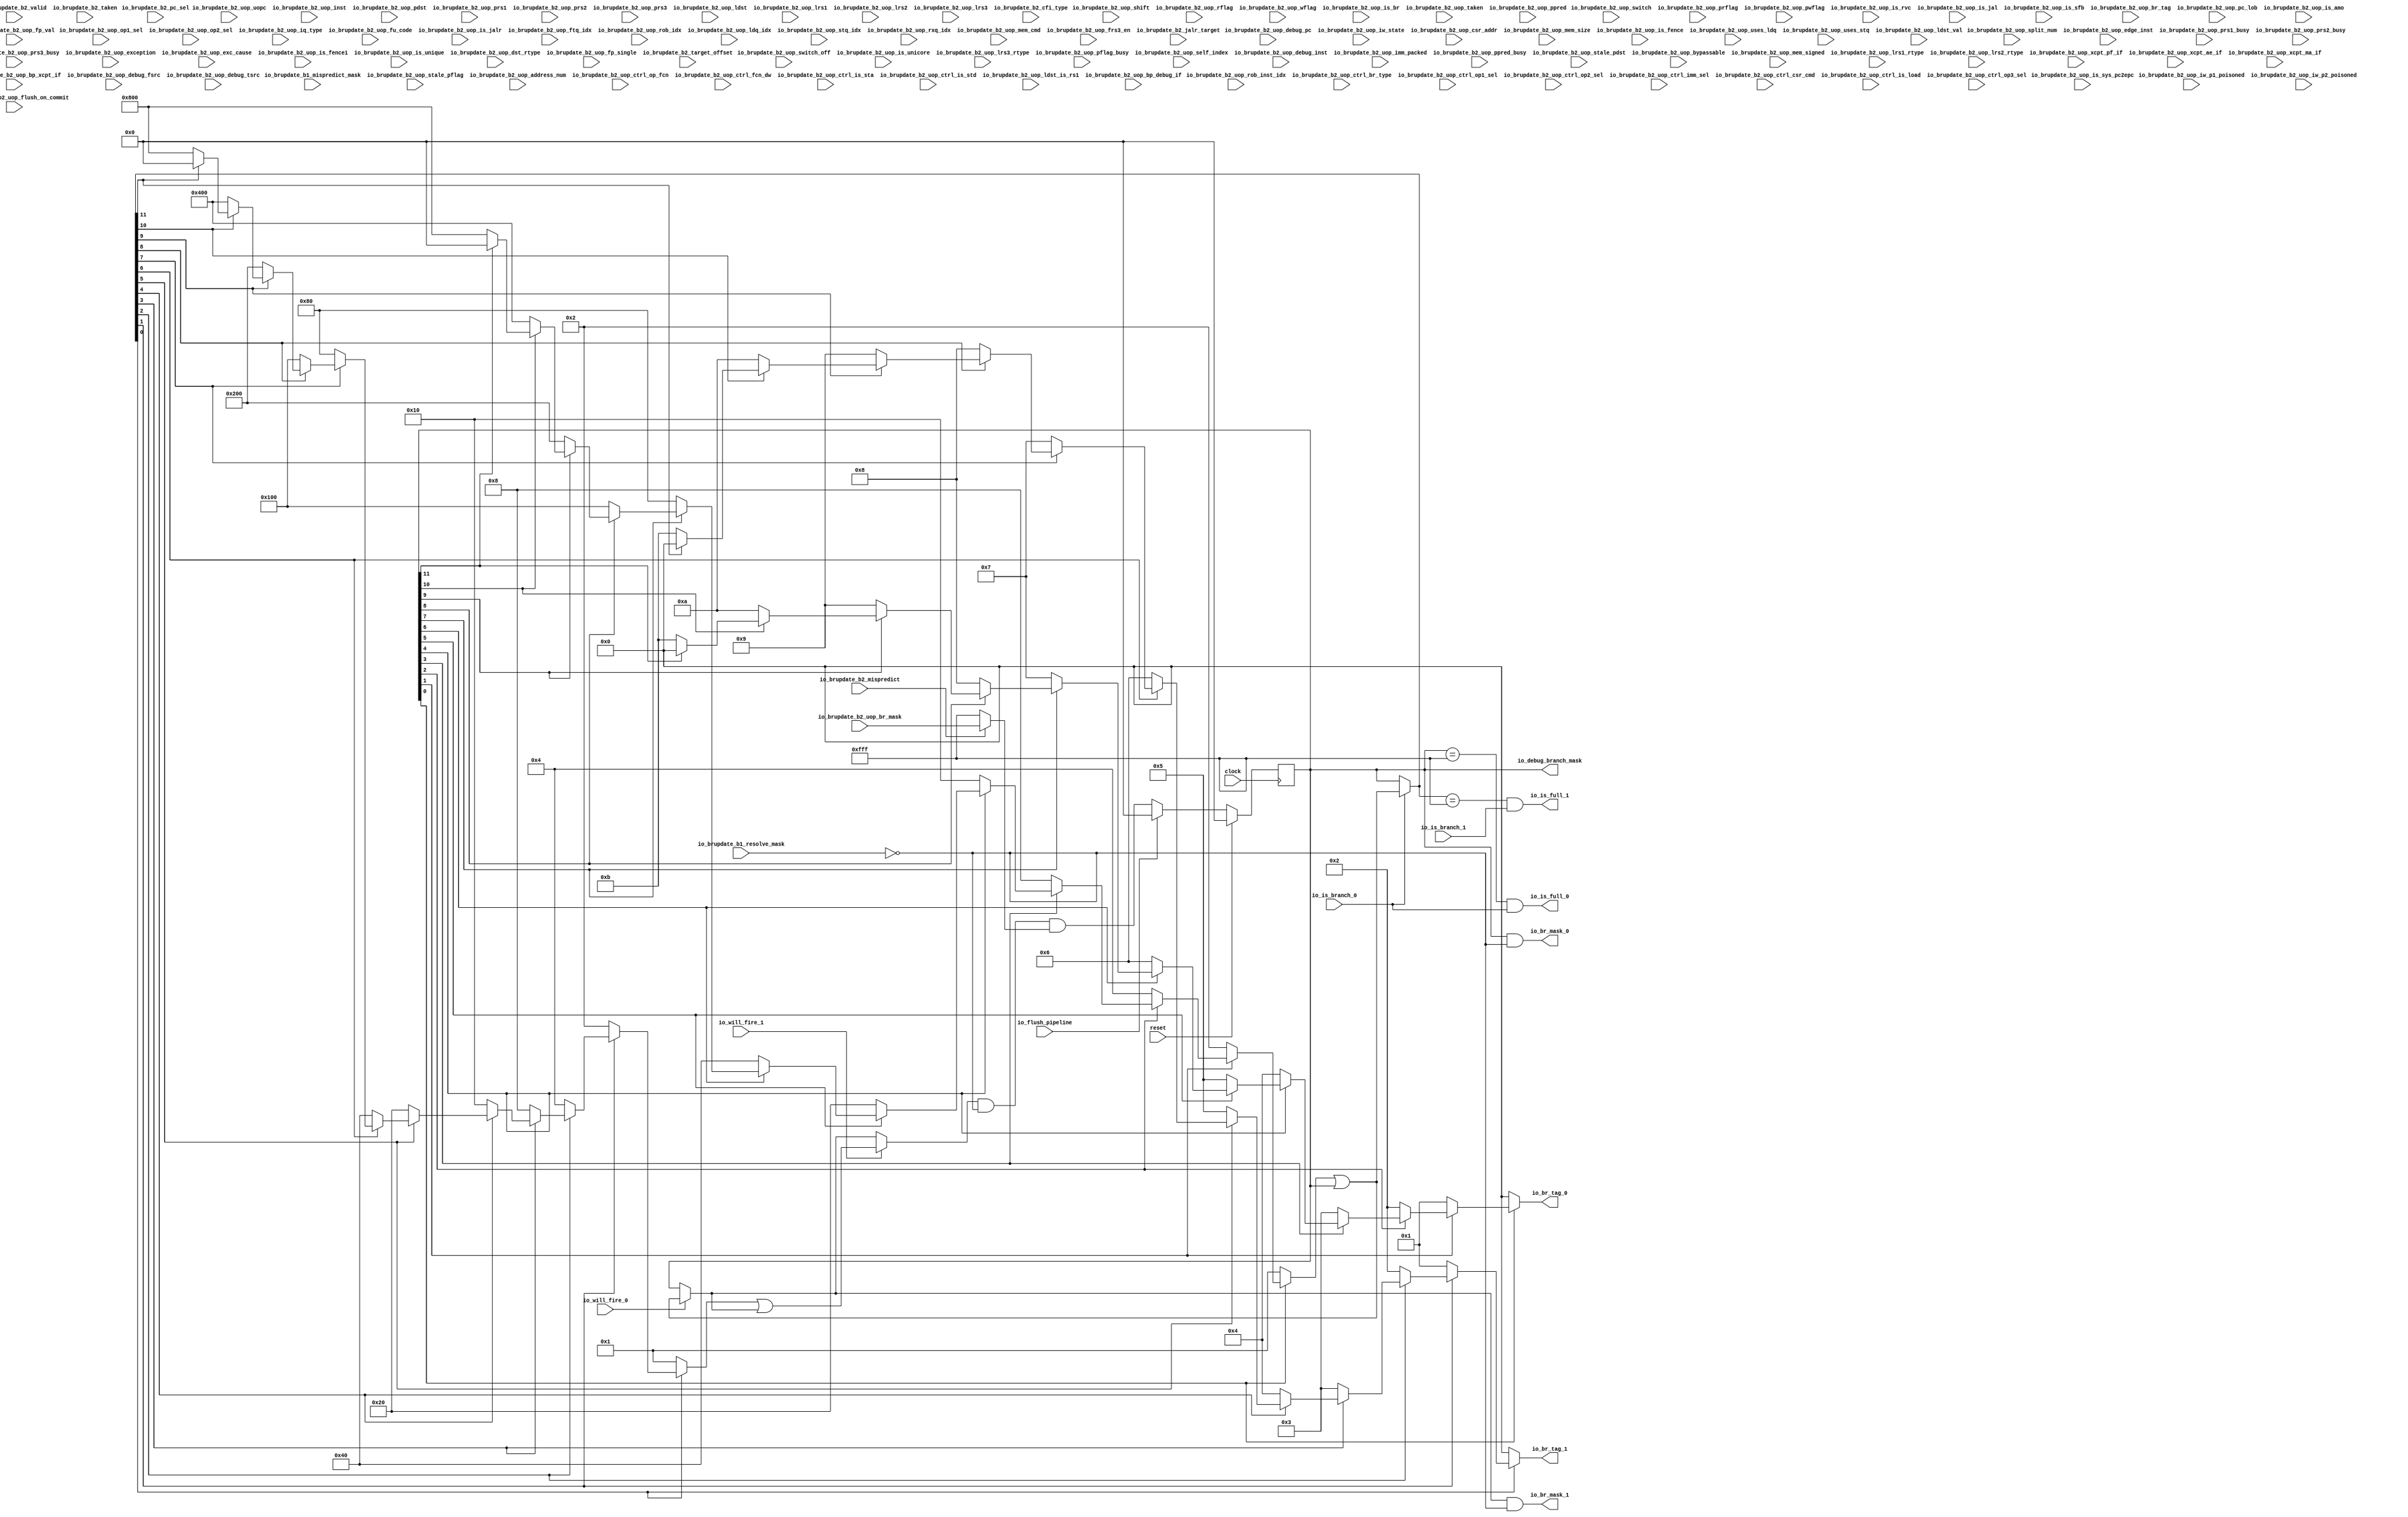
module BranchMaskGenerationLogic(
  input         clock,
  input         reset,
  input         io_is_branch_0,
  input         io_is_branch_1,
  input         io_will_fire_0,
  input         io_will_fire_1,
  output [3:0]  io_br_tag_0,
  output [3:0]  io_br_tag_1,
  output [11:0] io_br_mask_0,
  output [11:0] io_br_mask_1,
  output        io_is_full_0,
  output        io_is_full_1,
  input  [11:0] io_brupdate_b1_resolve_mask,
  input  [11:0] io_brupdate_b1_mispredict_mask,
  input         io_brupdate_b2_uop_switch,
  input         io_brupdate_b2_uop_switch_off,
  input         io_brupdate_b2_uop_is_unicore,
  input  [2:0]  io_brupdate_b2_uop_shift,
  input  [1:0]  io_brupdate_b2_uop_lrs3_rtype,
  input         io_brupdate_b2_uop_rflag,
  input         io_brupdate_b2_uop_wflag,
  input  [3:0]  io_brupdate_b2_uop_prflag,
  input  [3:0]  io_brupdate_b2_uop_pwflag,
  input         io_brupdate_b2_uop_pflag_busy,
  input  [3:0]  io_brupdate_b2_uop_stale_pflag,
  input  [3:0]  io_brupdate_b2_uop_op1_sel,
  input  [3:0]  io_brupdate_b2_uop_op2_sel,
  input  [5:0]  io_brupdate_b2_uop_split_num,
  input  [5:0]  io_brupdate_b2_uop_self_index,
  input  [5:0]  io_brupdate_b2_uop_rob_inst_idx,
  input  [5:0]  io_brupdate_b2_uop_address_num,
  input  [6:0]  io_brupdate_b2_uop_uopc,
  input  [31:0] io_brupdate_b2_uop_inst,
  input  [31:0] io_brupdate_b2_uop_debug_inst,
  input         io_brupdate_b2_uop_is_rvc,
  input  [39:0] io_brupdate_b2_uop_debug_pc,
  input  [2:0]  io_brupdate_b2_uop_iq_type,
  input  [9:0]  io_brupdate_b2_uop_fu_code,
  input  [3:0]  io_brupdate_b2_uop_ctrl_br_type,
  input  [1:0]  io_brupdate_b2_uop_ctrl_op1_sel,
  input  [2:0]  io_brupdate_b2_uop_ctrl_op2_sel,
  input  [2:0]  io_brupdate_b2_uop_ctrl_imm_sel,
  input  [3:0]  io_brupdate_b2_uop_ctrl_op_fcn,
  input         io_brupdate_b2_uop_ctrl_fcn_dw,
  input  [2:0]  io_brupdate_b2_uop_ctrl_csr_cmd,
  input         io_brupdate_b2_uop_ctrl_is_load,
  input         io_brupdate_b2_uop_ctrl_is_sta,
  input         io_brupdate_b2_uop_ctrl_is_std,
  input  [1:0]  io_brupdate_b2_uop_ctrl_op3_sel,
  input  [1:0]  io_brupdate_b2_uop_iw_state,
  input         io_brupdate_b2_uop_iw_p1_poisoned,
  input         io_brupdate_b2_uop_iw_p2_poisoned,
  input         io_brupdate_b2_uop_is_br,
  input         io_brupdate_b2_uop_is_jalr,
  input         io_brupdate_b2_uop_is_jal,
  input         io_brupdate_b2_uop_is_sfb,
  input  [11:0] io_brupdate_b2_uop_br_mask,
  input  [3:0]  io_brupdate_b2_uop_br_tag,
  input  [4:0]  io_brupdate_b2_uop_ftq_idx,
  input         io_brupdate_b2_uop_edge_inst,
  input  [5:0]  io_brupdate_b2_uop_pc_lob,
  input         io_brupdate_b2_uop_taken,
  input  [19:0] io_brupdate_b2_uop_imm_packed,
  input  [11:0] io_brupdate_b2_uop_csr_addr,
  input  [5:0]  io_brupdate_b2_uop_rob_idx,
  input  [4:0]  io_brupdate_b2_uop_ldq_idx,
  input  [4:0]  io_brupdate_b2_uop_stq_idx,
  input  [1:0]  io_brupdate_b2_uop_rxq_idx,
  input  [6:0]  io_brupdate_b2_uop_pdst,
  input  [6:0]  io_brupdate_b2_uop_prs1,
  input  [6:0]  io_brupdate_b2_uop_prs2,
  input  [6:0]  io_brupdate_b2_uop_prs3,
  input  [4:0]  io_brupdate_b2_uop_ppred,
  input         io_brupdate_b2_uop_prs1_busy,
  input         io_brupdate_b2_uop_prs2_busy,
  input         io_brupdate_b2_uop_prs3_busy,
  input         io_brupdate_b2_uop_ppred_busy,
  input  [6:0]  io_brupdate_b2_uop_stale_pdst,
  input         io_brupdate_b2_uop_exception,
  input  [63:0] io_brupdate_b2_uop_exc_cause,
  input         io_brupdate_b2_uop_bypassable,
  input  [4:0]  io_brupdate_b2_uop_mem_cmd,
  input  [1:0]  io_brupdate_b2_uop_mem_size,
  input         io_brupdate_b2_uop_mem_signed,
  input         io_brupdate_b2_uop_is_fence,
  input         io_brupdate_b2_uop_is_fencei,
  input         io_brupdate_b2_uop_is_amo,
  input         io_brupdate_b2_uop_uses_ldq,
  input         io_brupdate_b2_uop_uses_stq,
  input         io_brupdate_b2_uop_is_sys_pc2epc,
  input         io_brupdate_b2_uop_is_unique,
  input         io_brupdate_b2_uop_flush_on_commit,
  input         io_brupdate_b2_uop_ldst_is_rs1,
  input  [5:0]  io_brupdate_b2_uop_ldst,
  input  [5:0]  io_brupdate_b2_uop_lrs1,
  input  [5:0]  io_brupdate_b2_uop_lrs2,
  input  [5:0]  io_brupdate_b2_uop_lrs3,
  input         io_brupdate_b2_uop_ldst_val,
  input  [1:0]  io_brupdate_b2_uop_dst_rtype,
  input  [1:0]  io_brupdate_b2_uop_lrs1_rtype,
  input  [1:0]  io_brupdate_b2_uop_lrs2_rtype,
  input         io_brupdate_b2_uop_frs3_en,
  input         io_brupdate_b2_uop_fp_val,
  input         io_brupdate_b2_uop_fp_single,
  input         io_brupdate_b2_uop_xcpt_pf_if,
  input         io_brupdate_b2_uop_xcpt_ae_if,
  input         io_brupdate_b2_uop_xcpt_ma_if,
  input         io_brupdate_b2_uop_bp_debug_if,
  input         io_brupdate_b2_uop_bp_xcpt_if,
  input  [1:0]  io_brupdate_b2_uop_debug_fsrc,
  input  [1:0]  io_brupdate_b2_uop_debug_tsrc,
  input         io_brupdate_b2_valid,
  input         io_brupdate_b2_mispredict,
  input         io_brupdate_b2_taken,
  input  [2:0]  io_brupdate_b2_cfi_type,
  input  [1:0]  io_brupdate_b2_pc_sel,
  input  [39:0] io_brupdate_b2_jalr_target,
  input  [31:0] io_brupdate_b2_target_offset,
  input         io_flush_pipeline,
  output [11:0] io_debug_branch_mask
);
`ifdef RANDOMIZE_REG_INIT
  reg [31:0] _RAND_0;
`endif // RANDOMIZE_REG_INIT
  reg [11:0] branch_mask; // @[decode.scala 1013:28]
  wire [3:0] _GEN_0 = ~branch_mask[11] ? 4'hb : 4'h0; // @[decode.scala 1031:32 decode.scala 1032:20 decode.scala 1027:16]
  wire [15:0] _GEN_1 = ~branch_mask[11] ? 16'h800 : 16'h0; // @[decode.scala 1031:32 decode.scala 1033:22 decode.scala 1028:18]
  wire [3:0] _GEN_2 = ~branch_mask[10] ? 4'ha : _GEN_0; // @[decode.scala 1031:32 decode.scala 1032:20]
  wire [15:0] _GEN_3 = ~branch_mask[10] ? 16'h400 : _GEN_1; // @[decode.scala 1031:32 decode.scala 1033:22]
  wire [3:0] _GEN_4 = ~branch_mask[9] ? 4'h9 : _GEN_2; // @[decode.scala 1031:32 decode.scala 1032:20]
  wire [15:0] _GEN_5 = ~branch_mask[9] ? 16'h200 : _GEN_3; // @[decode.scala 1031:32 decode.scala 1033:22]
  wire [3:0] _GEN_6 = ~branch_mask[8] ? 4'h8 : _GEN_4; // @[decode.scala 1031:32 decode.scala 1032:20]
  wire [15:0] _GEN_7 = ~branch_mask[8] ? 16'h100 : _GEN_5; // @[decode.scala 1031:32 decode.scala 1033:22]
  wire [3:0] _GEN_8 = ~branch_mask[7] ? 4'h7 : _GEN_6; // @[decode.scala 1031:32 decode.scala 1032:20]
  wire [15:0] _GEN_9 = ~branch_mask[7] ? 16'h80 : _GEN_7; // @[decode.scala 1031:32 decode.scala 1033:22]
  wire [3:0] _GEN_10 = ~branch_mask[6] ? 4'h6 : _GEN_8; // @[decode.scala 1031:32 decode.scala 1032:20]
  wire [15:0] _GEN_11 = ~branch_mask[6] ? 16'h40 : _GEN_9; // @[decode.scala 1031:32 decode.scala 1033:22]
  wire [3:0] _GEN_12 = ~branch_mask[5] ? 4'h5 : _GEN_10; // @[decode.scala 1031:32 decode.scala 1032:20]
  wire [15:0] _GEN_13 = ~branch_mask[5] ? 16'h20 : _GEN_11; // @[decode.scala 1031:32 decode.scala 1033:22]
  wire [3:0] _GEN_14 = ~branch_mask[4] ? 4'h4 : _GEN_12; // @[decode.scala 1031:32 decode.scala 1032:20]
  wire [15:0] _GEN_15 = ~branch_mask[4] ? 16'h10 : _GEN_13; // @[decode.scala 1031:32 decode.scala 1033:22]
  wire [3:0] _GEN_16 = ~branch_mask[3] ? 4'h3 : _GEN_14; // @[decode.scala 1031:32 decode.scala 1032:20]
  wire [15:0] _GEN_17 = ~branch_mask[3] ? 16'h8 : _GEN_15; // @[decode.scala 1031:32 decode.scala 1033:22]
  wire [3:0] _GEN_18 = ~branch_mask[2] ? 4'h2 : _GEN_16; // @[decode.scala 1031:32 decode.scala 1032:20]
  wire [15:0] _GEN_19 = ~branch_mask[2] ? 16'h4 : _GEN_17; // @[decode.scala 1031:32 decode.scala 1033:22]
  wire [3:0] _GEN_20 = ~branch_mask[1] ? 4'h1 : _GEN_18; // @[decode.scala 1031:32 decode.scala 1032:20]
  wire [15:0] _GEN_21 = ~branch_mask[1] ? 16'h2 : _GEN_19; // @[decode.scala 1031:32 decode.scala 1033:22]
  wire [15:0] _GEN_23 = ~branch_mask[0] ? 16'h1 : _GEN_21; // @[decode.scala 1031:32 decode.scala 1033:22]
  wire [11:0] tag_masks_0 = _GEN_23[11:0]; // @[decode.scala 1019:23]
  wire [11:0] _T_39 = tag_masks_0 | branch_mask; // @[decode.scala 1038:55]
  wire [11:0] _T_40 = io_is_branch_0 ? _T_39 : branch_mask; // @[decode.scala 1038:24]
  wire [3:0] _GEN_24 = ~_T_40[11] ? 4'hb : 4'h0; // @[decode.scala 1031:32 decode.scala 1032:20 decode.scala 1027:16]
  wire [15:0] _GEN_25 = ~_T_40[11] ? 16'h800 : 16'h0; // @[decode.scala 1031:32 decode.scala 1033:22 decode.scala 1028:18]
  wire [3:0] _GEN_26 = ~_T_40[10] ? 4'ha : _GEN_24; // @[decode.scala 1031:32 decode.scala 1032:20]
  wire [15:0] _GEN_27 = ~_T_40[10] ? 16'h400 : _GEN_25; // @[decode.scala 1031:32 decode.scala 1033:22]
  wire [3:0] _GEN_28 = ~_T_40[9] ? 4'h9 : _GEN_26; // @[decode.scala 1031:32 decode.scala 1032:20]
  wire [15:0] _GEN_29 = ~_T_40[9] ? 16'h200 : _GEN_27; // @[decode.scala 1031:32 decode.scala 1033:22]
  wire [3:0] _GEN_30 = ~_T_40[8] ? 4'h8 : _GEN_28; // @[decode.scala 1031:32 decode.scala 1032:20]
  wire [15:0] _GEN_31 = ~_T_40[8] ? 16'h100 : _GEN_29; // @[decode.scala 1031:32 decode.scala 1033:22]
  wire [3:0] _GEN_32 = ~_T_40[7] ? 4'h7 : _GEN_30; // @[decode.scala 1031:32 decode.scala 1032:20]
  wire [15:0] _GEN_33 = ~_T_40[7] ? 16'h80 : _GEN_31; // @[decode.scala 1031:32 decode.scala 1033:22]
  wire [3:0] _GEN_34 = ~_T_40[6] ? 4'h6 : _GEN_32; // @[decode.scala 1031:32 decode.scala 1032:20]
  wire [15:0] _GEN_35 = ~_T_40[6] ? 16'h40 : _GEN_33; // @[decode.scala 1031:32 decode.scala 1033:22]
  wire [3:0] _GEN_36 = ~_T_40[5] ? 4'h5 : _GEN_34; // @[decode.scala 1031:32 decode.scala 1032:20]
  wire [15:0] _GEN_37 = ~_T_40[5] ? 16'h20 : _GEN_35; // @[decode.scala 1031:32 decode.scala 1033:22]
  wire [3:0] _GEN_38 = ~_T_40[4] ? 4'h4 : _GEN_36; // @[decode.scala 1031:32 decode.scala 1032:20]
  wire [15:0] _GEN_39 = ~_T_40[4] ? 16'h10 : _GEN_37; // @[decode.scala 1031:32 decode.scala 1033:22]
  wire [3:0] _GEN_40 = ~_T_40[3] ? 4'h3 : _GEN_38; // @[decode.scala 1031:32 decode.scala 1032:20]
  wire [15:0] _GEN_41 = ~_T_40[3] ? 16'h8 : _GEN_39; // @[decode.scala 1031:32 decode.scala 1033:22]
  wire [3:0] _GEN_42 = ~_T_40[2] ? 4'h2 : _GEN_40; // @[decode.scala 1031:32 decode.scala 1032:20]
  wire [15:0] _GEN_43 = ~_T_40[2] ? 16'h4 : _GEN_41; // @[decode.scala 1031:32 decode.scala 1033:22]
  wire [3:0] _GEN_44 = ~_T_40[1] ? 4'h1 : _GEN_42; // @[decode.scala 1031:32 decode.scala 1032:20]
  wire [15:0] _GEN_45 = ~_T_40[1] ? 16'h2 : _GEN_43; // @[decode.scala 1031:32 decode.scala 1033:22]
  wire [15:0] _GEN_47 = ~_T_40[0] ? 16'h1 : _GEN_45; // @[decode.scala 1031:32 decode.scala 1033:22]
  wire [11:0] tag_masks_1 = _GEN_47[11:0]; // @[decode.scala 1019:23]
  wire [11:0] _T_81 = ~io_brupdate_b1_resolve_mask; // @[util.scala 146:23]
  wire [11:0] _T_84 = io_will_fire_0 ? _T_39 : branch_mask; // @[decode.scala 1048:20]
  wire [11:0] _T_87 = tag_masks_1 | _T_84; // @[decode.scala 1048:51]
  wire [11:0] curr_mask = io_will_fire_1 ? _T_87 : _T_84; // @[decode.scala 1048:20]
  wire [11:0] _T_89 = io_brupdate_b2_mispredict ? io_brupdate_b2_uop_br_mask : 12'hfff; // @[decode.scala 1057:19]
  wire [11:0] _T_91 = curr_mask & _T_81; // @[util.scala 146:21]
  wire [11:0] _T_92 = _T_91 & _T_89; // @[decode.scala 1060:57]
  assign io_br_tag_0 = ~branch_mask[0] ? 4'h0 : _GEN_20; // @[decode.scala 1031:32 decode.scala 1032:20]
  assign io_br_tag_1 = ~_T_40[0] ? 4'h0 : _GEN_44; // @[decode.scala 1031:32 decode.scala 1032:20]
  assign io_br_mask_0 = branch_mask & _T_81; // @[util.scala 146:21]
  assign io_br_mask_1 = _T_84 & _T_81; // @[util.scala 146:21]
  assign io_is_full_0 = branch_mask == 12'hfff & io_is_branch_0; // @[decode.scala 1023:63]
  assign io_is_full_1 = _T_40 == 12'hfff & io_is_branch_1; // @[decode.scala 1023:63]
  assign io_debug_branch_mask = branch_mask; // @[decode.scala 1063:24]
  always @(posedge clock) begin
    if (reset) begin // @[decode.scala 1013:28]
      branch_mask <= 12'h0; // @[decode.scala 1013:28]
    end else if (io_flush_pipeline) begin // @[decode.scala 1054:28]
      branch_mask <= 12'h0; // @[decode.scala 1055:17]
    end else begin
      branch_mask <= _T_92; // @[decode.scala 1060:17]
    end
  end
// Register and memory initialization
`ifdef RANDOMIZE_GARBAGE_ASSIGN
`define RANDOMIZE
`endif
`ifdef RANDOMIZE_INVALID_ASSIGN
`define RANDOMIZE
`endif
`ifdef RANDOMIZE_REG_INIT
`define RANDOMIZE
`endif
`ifdef RANDOMIZE_MEM_INIT
`define RANDOMIZE
`endif
`ifndef RANDOM
`define RANDOM $random
`endif
`ifdef RANDOMIZE_MEM_INIT
  integer initvar;
`endif
`ifndef SYNTHESIS
`ifdef FIRRTL_BEFORE_INITIAL
`FIRRTL_BEFORE_INITIAL
`endif
initial begin
  `ifdef RANDOMIZE
    `ifdef INIT_RANDOM
      `INIT_RANDOM
    `endif
    `ifndef VERILATOR
      `ifdef RANDOMIZE_DELAY
        #`RANDOMIZE_DELAY begin end
      `else
        #0.002 begin end
      `endif
    `endif
`ifdef RANDOMIZE_REG_INIT
  _RAND_0 = {1{`RANDOM}};
  branch_mask = _RAND_0[11:0];
`endif // RANDOMIZE_REG_INIT
  `endif // RANDOMIZE
end // initial
`ifdef FIRRTL_AFTER_INITIAL
`FIRRTL_AFTER_INITIAL
`endif
`endif // SYNTHESIS
endmodule